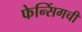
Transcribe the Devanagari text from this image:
फेन्सिंगची